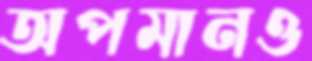
অপমানও